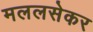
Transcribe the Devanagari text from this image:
मललसेकर